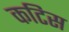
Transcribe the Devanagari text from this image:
कटिस